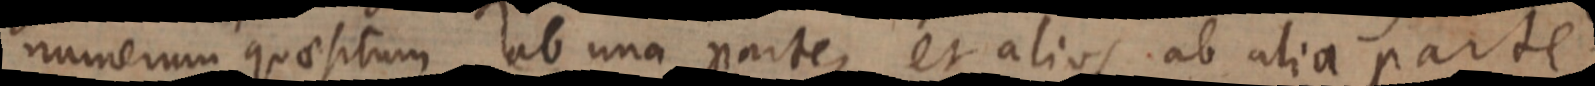
numerum quaesitum ab una parte, et alios ab alia parte;